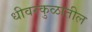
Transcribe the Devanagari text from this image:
धीवरकुळातील